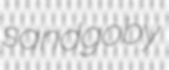
sandgoby